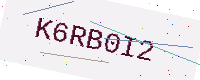
Text: K6RB0I2